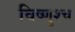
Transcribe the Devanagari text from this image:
विष्णुश्च